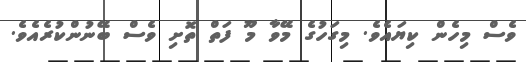
ވެސް މިހެން ކިޔައެވެ. މިގަހުގެ މޭވާ މޫ ފަތް ތޮށި ވެސް ބޭނުންކުރެއެވެ.